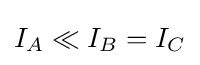
I_{A}\ll I_{B}=I_{C}